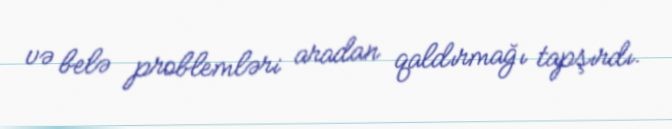
və belə problemləri aradan qaldırmağı tapşırdı.